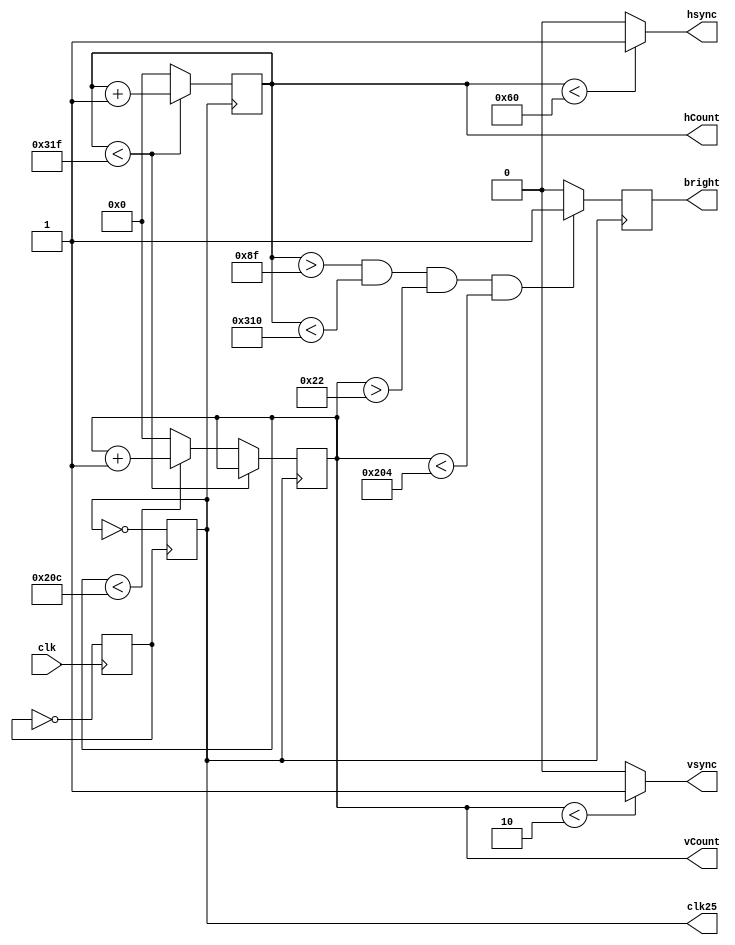
`timescale 1ns / 1ps

module vga_controller(
    input wire clk,          // Main clock
    output hsync, vsync,       // Vertical sync output
    
    output reg [9:0] hCount, // Horizontal counter
    output reg [9:0] vCount,  // Vertical counter
    output reg bright,
    output reg clk25
);

    localparam H_MAX = 10'd799;
    localparam V_MAX = 10'd524;

    localparam H_SYNC_PULSE = 10'd96;
    localparam V_SYNC_PULSE = 10'd2;

    reg pulse;

    initial begin // Set all of them initially to 0
		clk25 = 0;
		pulse = 0;
	end

    always @(posedge clk)
		pulse = ~pulse;
	always @(posedge pulse)
		clk25 = ~clk25;
		
    // VGA signal generation logic goes here
    always @(posedge clk25) begin
		if (hCount < 10'd799)
			begin
			hCount <= hCount + 1;
			end
		else if (vCount < 10'd524)
			begin
			hCount <= 0;
			vCount <= vCount + 1;
			end
		else
			begin
			hCount <= 0;
			vCount <= 0;
			end
    end

        // Generate sync signals
    assign hsync = (hCount < 96) ? 1 : 0;
    assign vsync = (vCount < 2) ? 1 : 0;

    always @(posedge clk25)
		begin
		if(hCount > 10'd143 && hCount < 10'd784 && vCount > 10'd34 && vCount < 10'd516)
			bright <= 1;
		else
			bright <= 0;
		end	



endmodule